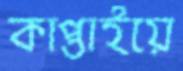
কাপ্তাইয়ে